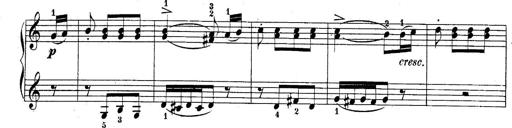
Title: 10 Sonatines progressives
Composer: Anton Schmoll